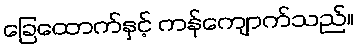
ခြေထောက်နှင့် ကန်ကျောက်သည်။